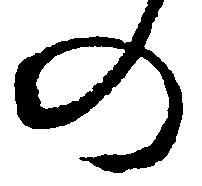
の